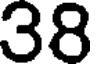
38